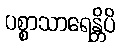
ပစ္စာသာရေန္တိပိ